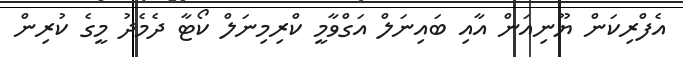
އެފްރިކަން ޔޫނިއަން އާއި ބައިނަލް އަގްވާމީ ކްރިމިނަލް ކޯޓާ ދެމެދު މީގެ ކުރިން